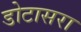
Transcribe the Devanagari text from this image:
डोटासरा